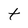
Character: t